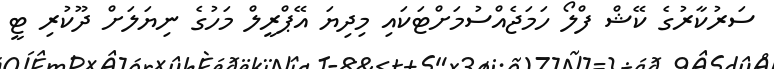
ސަރުކާރުގެ ކޭޝް ފްލޯ ހަމަޖެއްސުމަށްޓަކައި މިދިޔަ އޭޕްރީލް މަހުގެ ނިޔަލަށް ދޫކުރި ޓީ